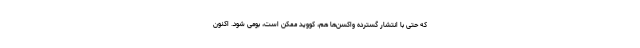
که حتی با انتشار گسترده واکسن‌ها هم، کووید ممکن است، بومی شود. اکنون